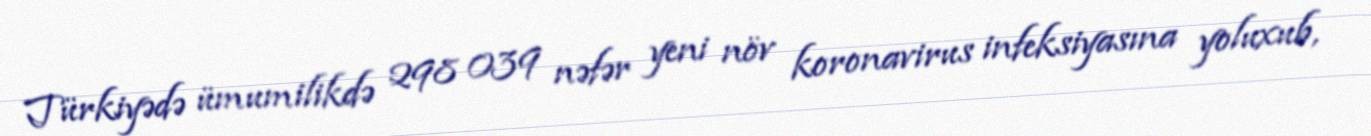
Türkiyədə ümumilikdə 298 039 nəfər yeni növ koronavirus infeksiyasına yoluxub,